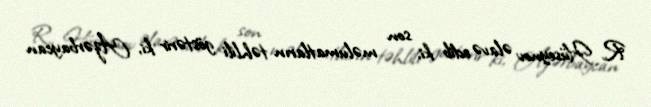
R. Hüseynov əlavə edib ki, son məlumatların təhlili göstərir ki, Azərbaycan